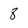
Character: 8